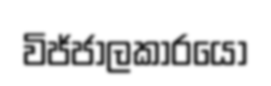
විජ්ජාලකාරයෝ